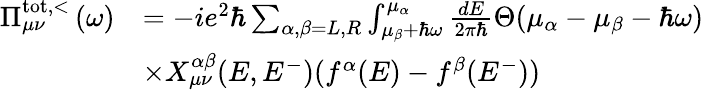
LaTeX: \begin{array}{rl}{\Pi_{\mu\nu}^{\mathrm{tot,<}}\left(\omega\right)}&{=-ie^{2}\hbar\sum_{\alpha,\beta=L,R}\int_{\mu_{\beta}+\hbar\omega}^{\mu_{\alpha}}\frac{dE}{2\pi\hbar}\Theta(\mu_{\alpha}-\mu_{\beta}-\hbar\omega)}\\ &{\times X_{\mu\nu}^{\alpha\beta}(E,E^{-})(f^{\alpha}(E)-f^{\beta}(E^{-}))}\end{array}